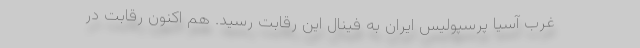
غرب آسیا پرسپولیس ایران به فینال این رقابت رسید. هم اکنون رقابت در